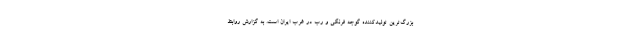
بزرگ‌ترین تولیدکننده گوجه فرنگی و رب در غرب ایران است. به گزارش روابط